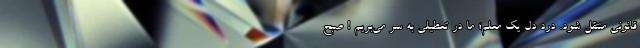
قانونی منتقل شود. درد دل یک معلم؛ ما در تعطیلی به سر می‌بریم ! صبح